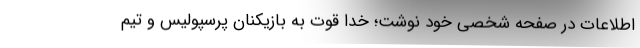
اطلاعات در صفحه شخصی خود نوشت؛ خدا قوت به بازیکنان پرسپولیس و تیم